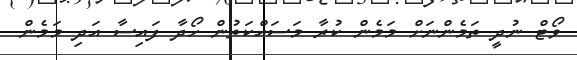
ވޯޓް ނުދީ ތަމެންނަށް މަމެން ކުރާ މަސައްކަތުން ހޯދާ ފައިސާ އަދި މަމެން